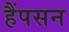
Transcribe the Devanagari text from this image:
हैंपसन